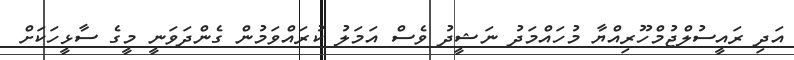
އަދި ރައީސުލްޖުމްހޫރިއްޔާ މުހައްމަދު ނަޝީދު ވެސް އަމަލު ކުރައްވަމުން ގެންދަވަނީ މީގެ ސާޅީހަކަށް